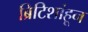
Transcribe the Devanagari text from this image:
ब्रिटिशांहून